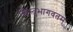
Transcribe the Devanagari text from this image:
खिस्तुभागवतम्